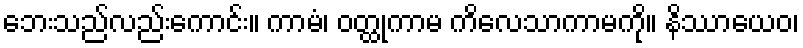
ဘေးသည်လည်းကောင်း။ ကာမံ၊ ဝတ္ထုကာမ ကိလေသာကာမကို။ နိဿာယေဝ၊